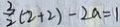
\frac { 3 } { 2 } ( 2 + 2 ) - 2 a = 1